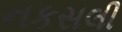
નકસલી